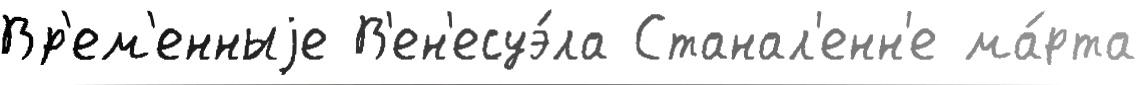
Вр'ем'енныjе В'ен'есуэ́ла Станал'енн'е ма́рта